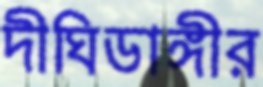
দীঘিডাঙ্গীর